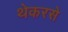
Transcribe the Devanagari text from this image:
थेकरसे